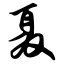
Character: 聂